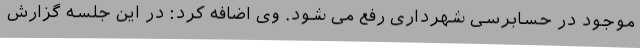
موجود در حسابرسی شهرداری رفع می شود. وی اضافه کرد: در این جلسه گزارش